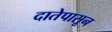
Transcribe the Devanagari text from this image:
दातेपासून